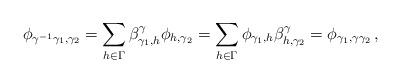
LaTeX: \begin{align*}\phi_{\gamma^{-1}\gamma_1,\gamma_2}=\sum_{h\in \Gamma}\beta^{\gamma}_{\gamma_1,h}\phi_{h,\gamma_2}=\sum_{h\in \Gamma}\phi_{\gamma_1,h}\beta^{\gamma}_{h,\gamma_2}=\phi_{\gamma_1,\gamma\gamma_2}\,,\ \ \ \end{align*}